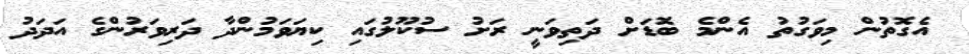
އެގޮތުން މިވަގުތު އެންމެ ބޮޑަށް ދަތިވަނީ ރަށު ސުކޫލުގައި ކިޔަވަމުންދާ ދަރިވަރުންގެ އަދަދު